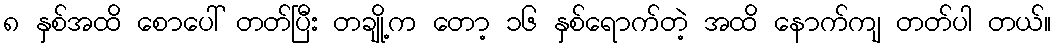
၈ နှစ်အထိ စောပေါ် တတ်ပြီး တချို့က တော့ ၁၆ နှစ်ရောက်တဲ့ အထိ နောက်ကျ တတ်ပါ တယ်။